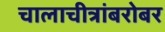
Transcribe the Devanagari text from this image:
चालाचीत्रांबरोबर